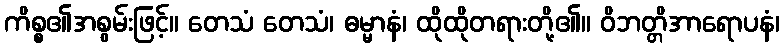
ကိစ္စ၏အစွမ်းဖြင့်။ တေသံ တေသံ၊ ဓမ္မာနံ၊ ထိုထိုတရားတို့၏။ ဝိဘတ္တိအာရောပနံ၊